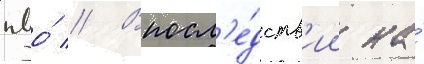
пво́ // Впосл'е́дств'ии на́